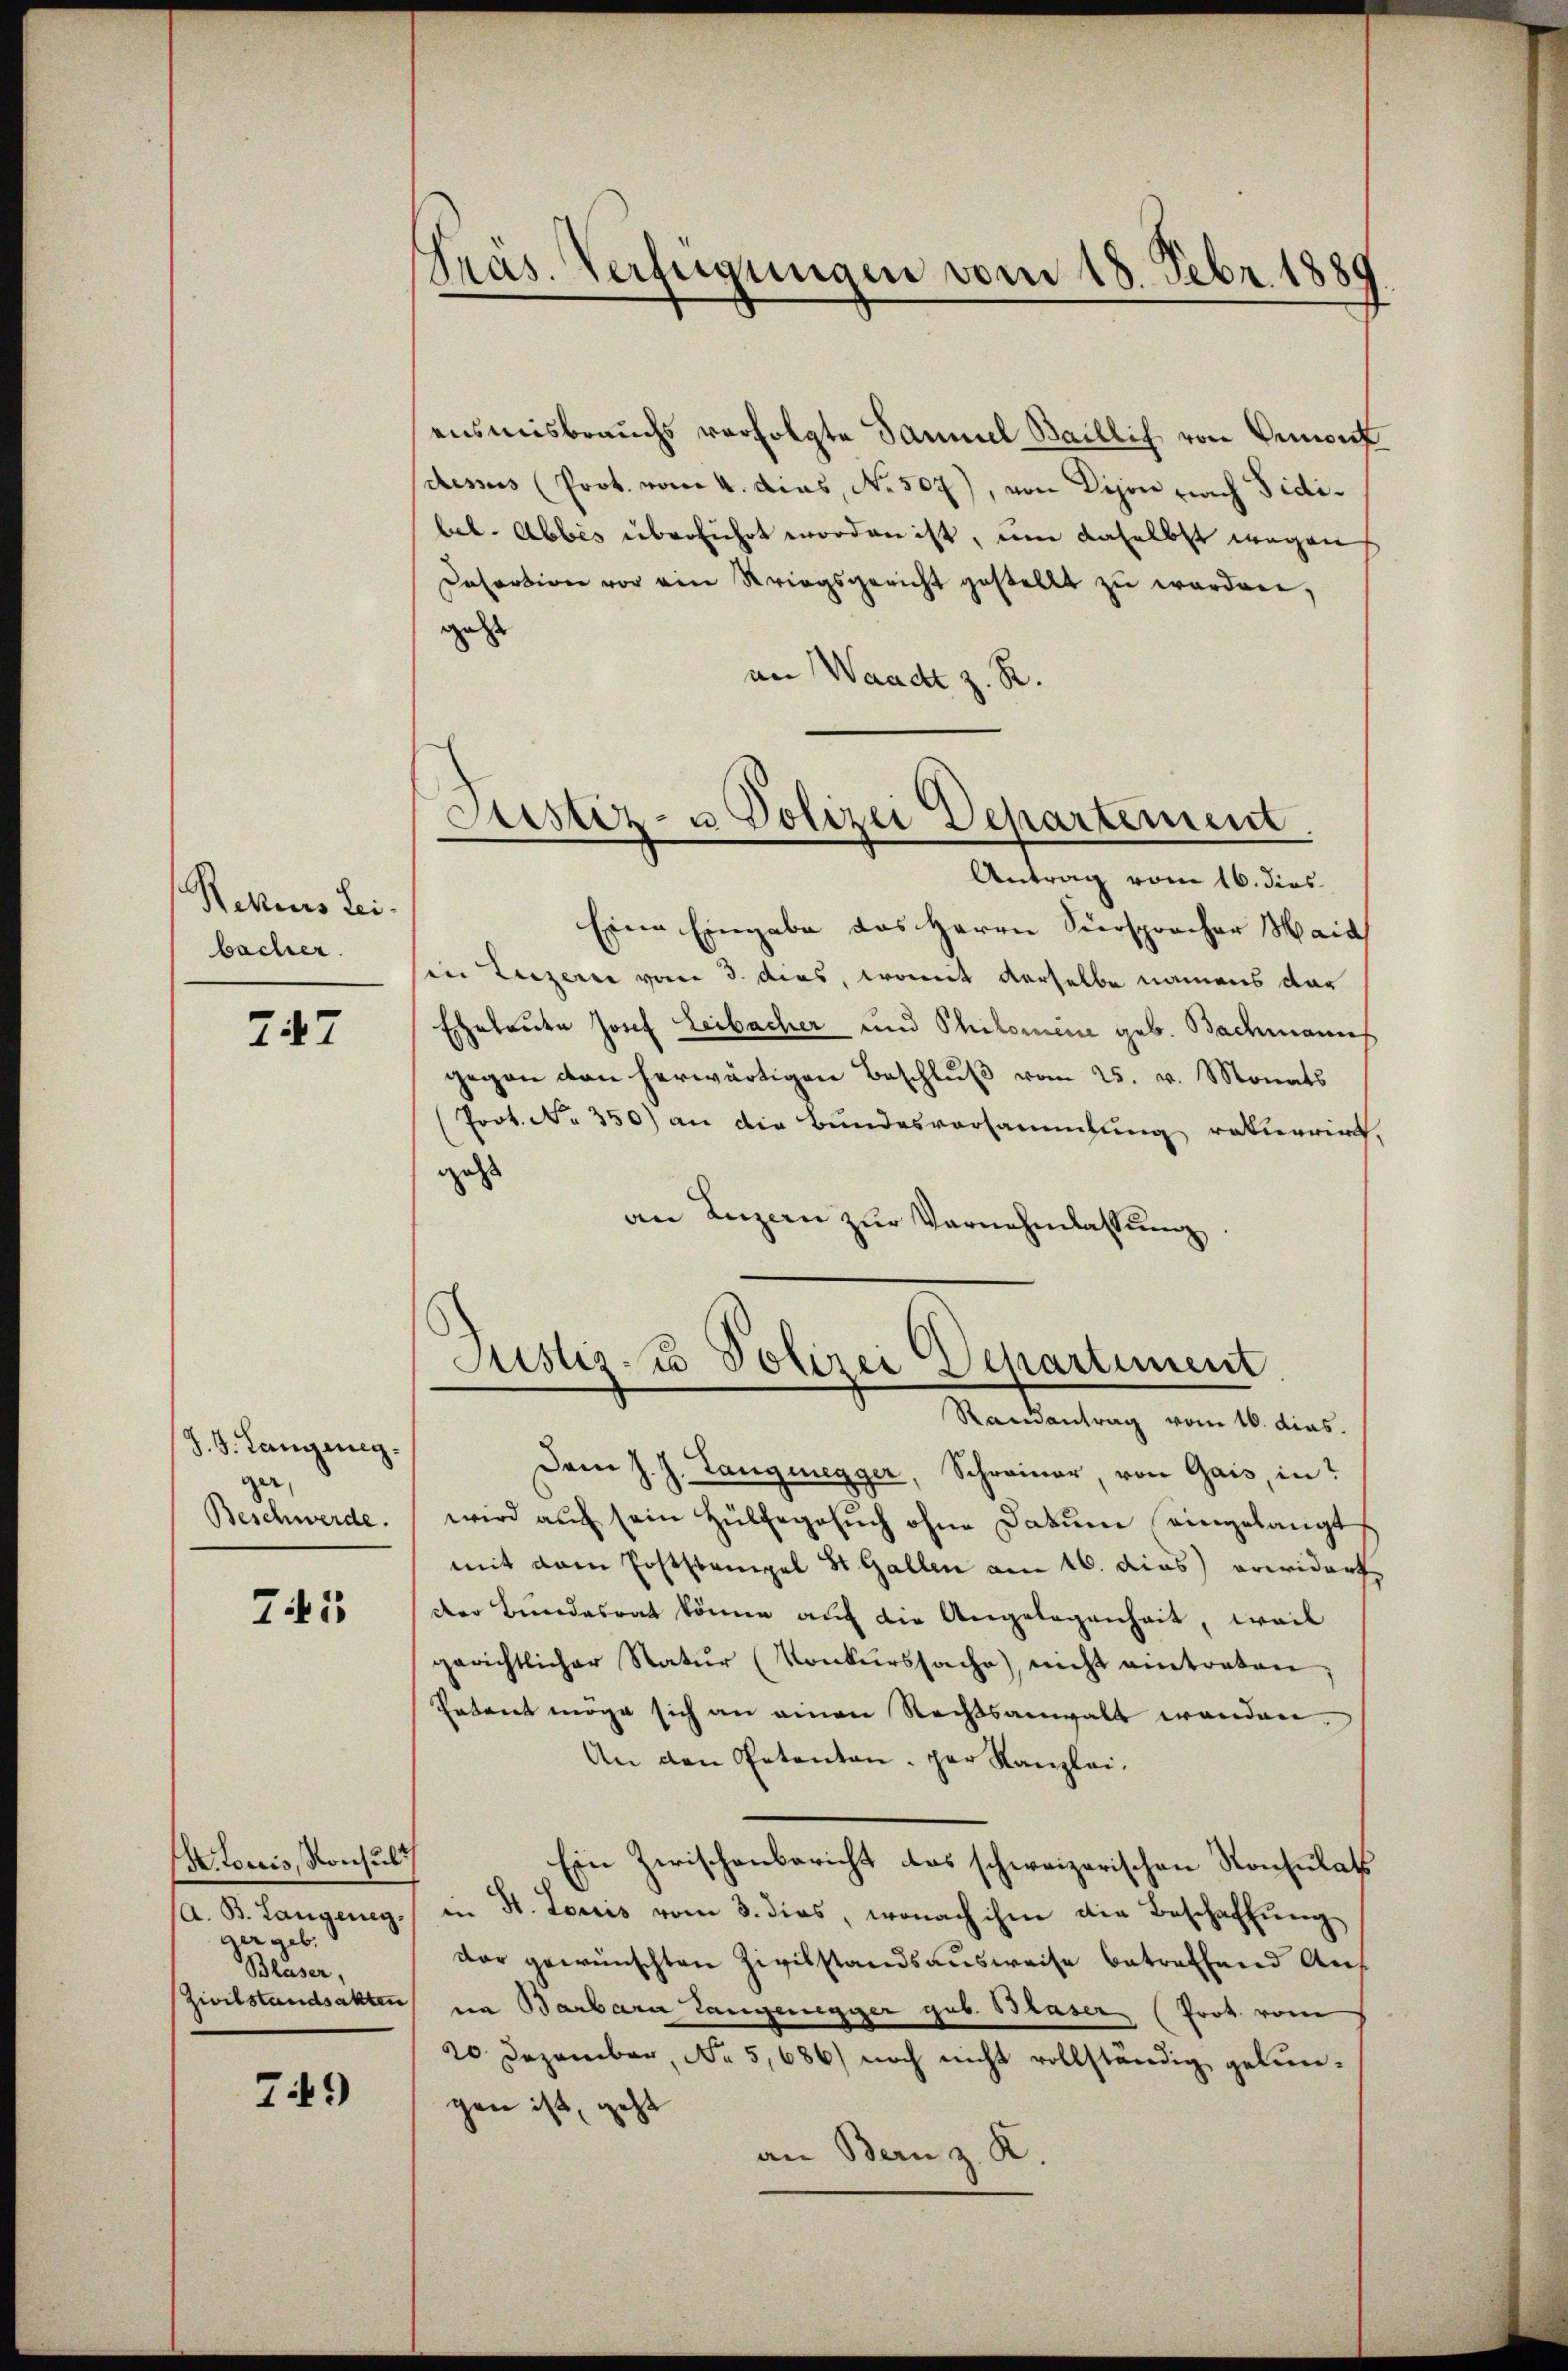
Rekurs Leibacher.

247

J. J. Landeneg
ga,
Beschwerde.

745

Actoris, Konsul
(A. B. Langeneg.
der geb.
Blaser,
Zivilstandsakten

749

Präs. Verfügungen vom 18. Febr. 1889

ensmisbrauchs verfolgte Sammel Baillich von Ormont
dessus (Prot. vom 4. dies, No. 507), von Dison nach Sidilb. Abbes überführt worden ist, um daselbst wegen
Desertion vor ein Kriegsgericht gestellt zŭ werden,
geht
an Waadt z. R.
Antrag vom 16. dies
Eine Eingabe das Herrn Sierspracher Haid
in Luzerne vom 3. dies, womit derselbe namens dar
Eheleute Josef Leibacher und Philomene geb. Bademann
gegen von herwärtigen Beschluß vom 25. v. Monats
Prot. No. 350) an die Bundesvorsammlung rekurrirt.
gass
an Luzern zur Vernehmlassung

Justiz- u Polizei Departement

Justisco Polizei Departement
Randantrag vom 16. dies

Dem J. J. Langnegger, Schreiner, von Gais, in
wird auch sein Hülfegesuch ohne Datum eingelangt
mit dem Poststempel St. Gallen am 16. dies) erwidert,
der Bundesrat könne auf die Angelegenheit, weil
gerichtlicher Natŭr (Konkurssache) nicht eintreten,
Petent möge sich an einen Rechtsanwalt wenden,
An den Petenten par Kanzlei.
Ein Zwischenbericht das schweizerischen Konsulats
in St. Louis vom 3. dies, wonach ihm die Beschaffung
dar gewünschten Zivilstandsausweise betreffend Auf
na Barbara Langenegger geb. Blaser (Prot. vom
20. Dezember No 5,686) noch nicht vollständig gelun-
gen ist, geht
an Bern z. K